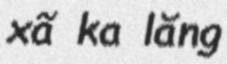
xã ka lăng